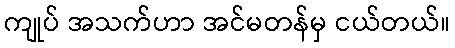
ကျုပ် အသက်ဟာ အင်မတန်မှ ငယ်တယ်။